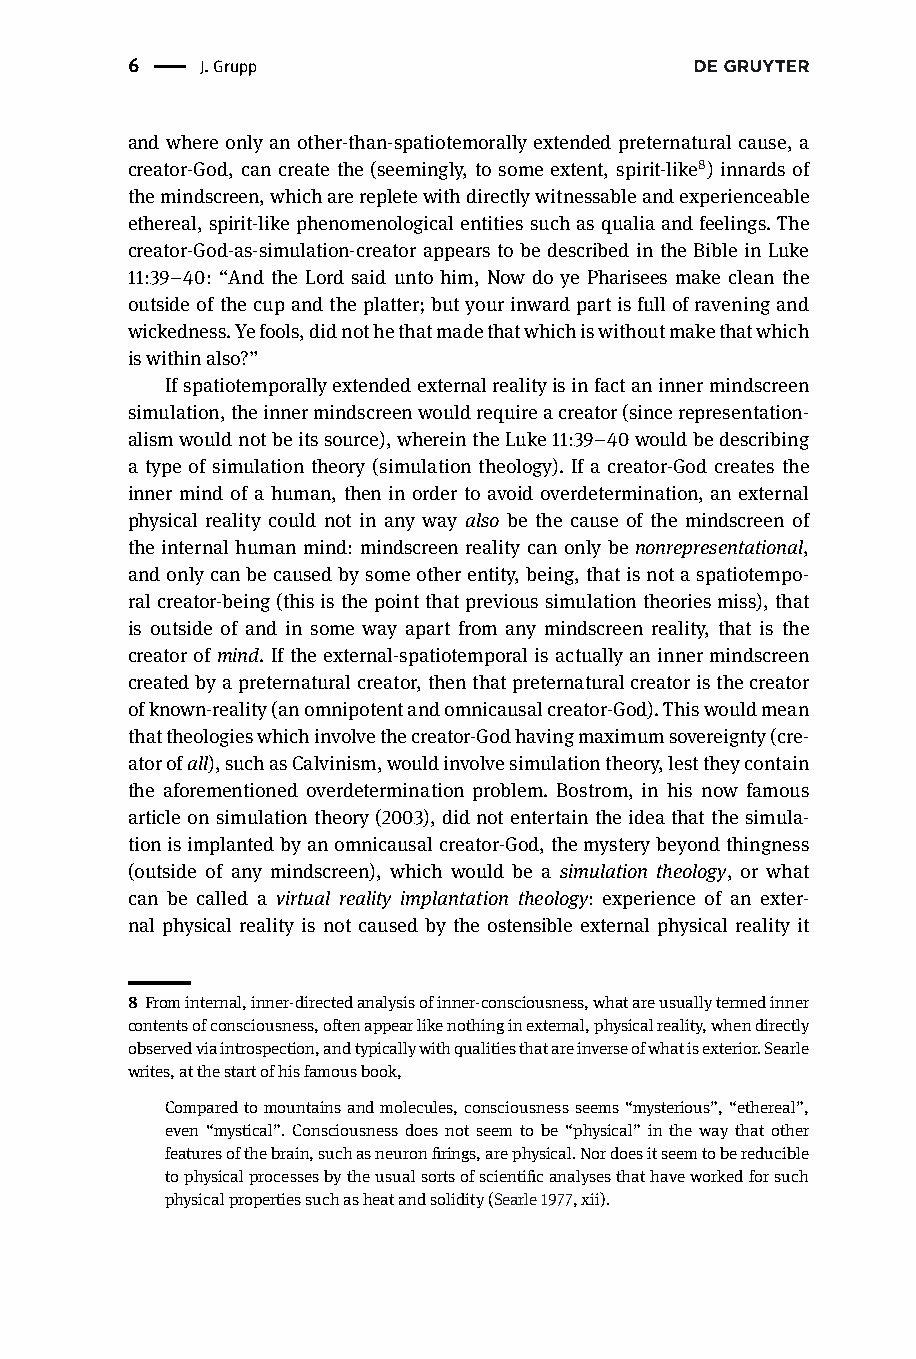
6 |  J.Grupp
 and where only an other-than-spatiotemorally extended preternatural cause, a
 creator-God, can create the (seemingly, to some extent, spirit-like8) innards of
 themindscreen,whicharerepletewithdirectlywitnessableandexperienceable
 ethereal,spirit-likephenomenologicalentitiessuchasqualiaandfeelings.The
 creator-God-as-simulation-creator appears to be described in the Bible in Luke
 11:39–40: “And the Lord said unto him, Now do ye Pharisees make clean the
 outsideofthecupandtheplatter;butyourinwardpartisfullofraveningand
 wickedness.Yefools,didnothethatmadethatwhichiswithoutmakethatwhich
 iswithinalso?”
 Ifspatiotemporallyextendedexternalrealityisinfactaninnermindscreen
 simulation,theinnermindscreenwouldrequireacreator(sincerepresentation-
 alismwouldnotbeitssource),whereintheLuke11:39–40wouldbedescribing
 a type of simulation theory (simulation theology). If a creator-God creates the
 inner mind of a human, then in order to avoid overdetermination, an external
 physical reality could not in any way also be the cause of the mindscreen of
 the internal human mind: mindscreen reality can only be nonrepresentational,
 andonlycanbecausedbysomeotherentity,being,thatisnotaspatiotempo-
 ralcreator-being(thisisthepointthatprevioussimulationtheoriesmiss),that
 is outside of and in some way apart from any mindscreen reality, that is the
 creatorofmind.Iftheexternal-spatiotemporal isactuallyaninnermindscreen
 createdbyapreternaturalcreator,thenthatpreternaturalcreatoristhecreator
 ofknown-reality(anomnipotentandomnicausalcreator-God).Thiswouldmean
 thattheologieswhichinvolvethecreator-Godhavingmaximumsovereignty(cre-
 atorofall),suchasCalvinism,wouldinvolvesimulationtheory,lesttheycontain
 the aforementioned overdetermination problem. Bostrom, in his now famous
 article on simulation theory (2003), did not entertain the idea that the simula-
 tionisimplantedbyanomnicausalcreator-God,themysterybeyondthingness
 (outside of any mindscreen), which would be a simulation theology, or what
 can be called a virtual reality implantation theology: experience of an exter-
 nal physical reality is not caused by the ostensible external physical reality it
 8 Frominternal,inner-directedanalysisofinner-consciousness,whatareusuallytermedinner
 contentsofconsciousness,oftenappearlikenothinginexternal,physicalreality,whendirectly
 observedviaintrospection,andtypicallywithqualitiesthatareinverseofwhatisexterior.Searle
 writes,atthestartofhisfamousbook,
 Comparedtomountainsandmolecules,consciousnessseems“mysterious”,“ethereal”,
 even “mystical”. Consciousness does not seem to be “physical” in the way that other
 featuresofthebrain,suchasneuronfirings,arephysical.Nordoesitseemtobereducible
 tophysicalprocessesbytheusualsortsofscientificanalysesthathaveworkedforsuch
 physicalpropertiessuchasheatandsolidity(Searle1977,xii).